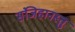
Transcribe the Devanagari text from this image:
संजिहानस्तु